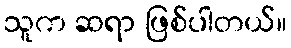
သူက ဆရာ ဖြစ်ပါတယ်။